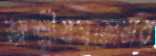
আত্মীয়স্বজেনর